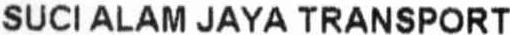
SUCI ALAM JAYA TRANSPORT